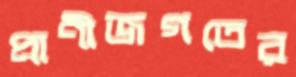
প্রাণীজগতের